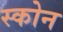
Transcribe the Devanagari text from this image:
स्कोन